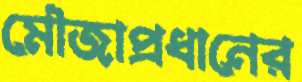
মৌজাপ্রধানের